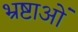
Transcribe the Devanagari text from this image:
भ्रष्टाओं